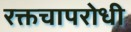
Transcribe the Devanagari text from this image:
रक्तचापरोधी